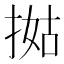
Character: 𢯐